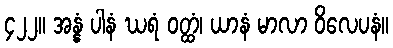
၄၂၂။ အန္နံ ပါနံ ဃရံ ဝတ္ထံ၊ ယာနံ မာလာ ဝိလေပနံ။